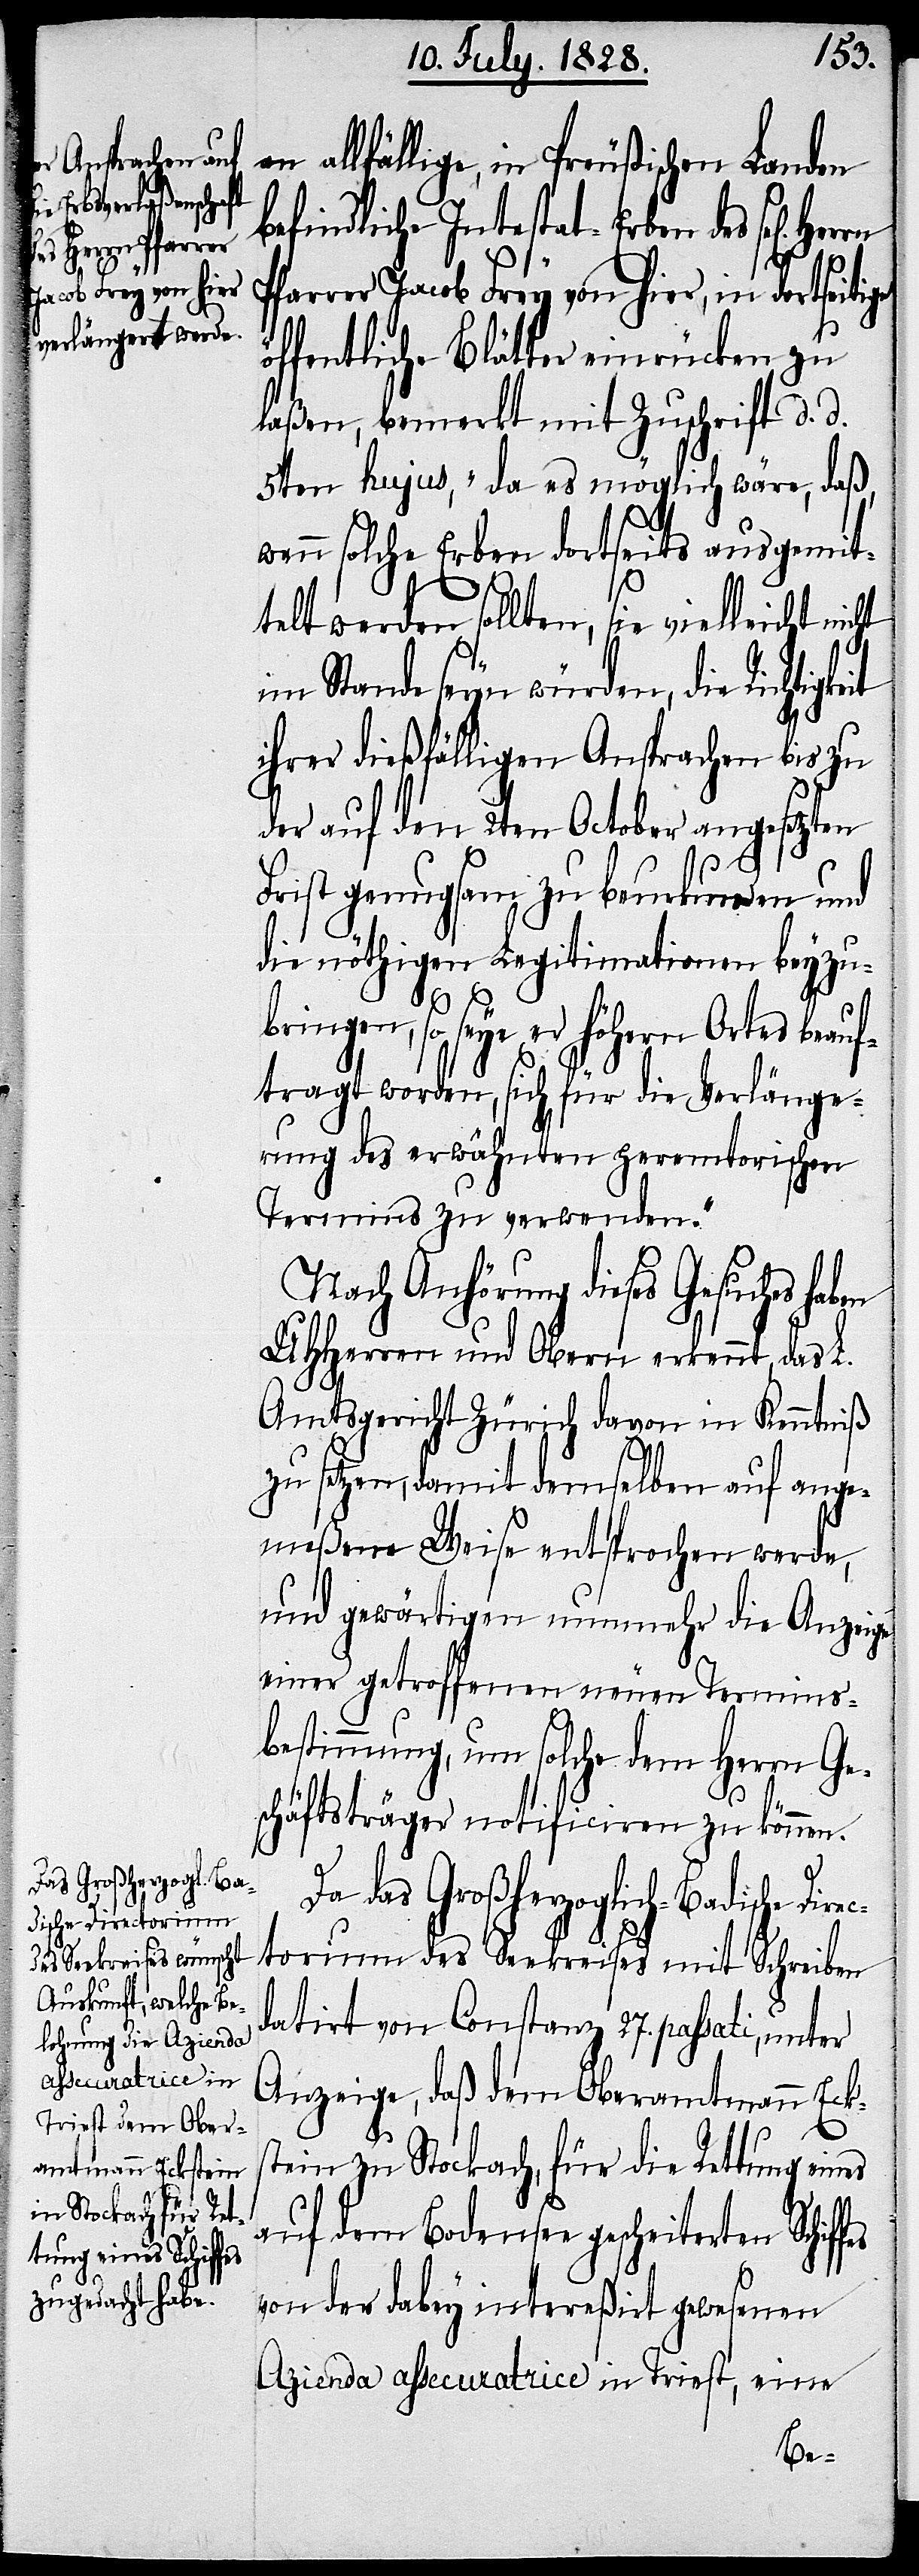
dische Directorium

it
allfällige, in Preußischen Landen
befindliche Intestat-Erben des sel[igen]
Pfarrer Jacob Frey von hier, in dortseitige
öffentliche Blätter einrücken zu
laßen, bemerkt mit Zuschrift d. d.
5ten hujus, „da es möglich wäre, daß,
wenn solche Erben dortseits ausgemit¬
telt werden sollten, sie vielleicht
im Stande seyn würden, die Richtigke¬
ihrer dießfälligen Ansprachen bis zu
der auf den 2ten October angesetzten
Frist genugsam zu beurkunden und
die nöthigen Legitimationen beyzub¬
ringen, so seye er höhern Ortes beau¬
ftragt worden, sich für die Verlänge¬
rung des erwähnten peremtorischen
Termins zu verwenden.“
Nach Anhörung dieses Gesuchs
UHHerren und Obern erkennt, das L.
Amtsgericht Zürich davon in Kenntniß
zu setzen, damit demselben auf ange¬
meßene Weise entsprochen werde,
und gewährten nunmehr die Anzeige
einer getroffenen neuen Termins¬
bestimmung, um solche dem Herrn Ge¬
schäftsträger notificiren zu können.
das Großherzoglich-Ba¬
des Seekreises mit Schreiben
datirt von Constanz 27. passati, unter
Anzeige, daß dem Oberamtmann Eck¬
stein zu Stockach, für die Rettung eines
auf dem Bodensee gescheiterten
von der dabey intereßirt gewesenen
Azienda assecuratrice in Triest, eine